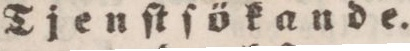
Tjenſtſökande.